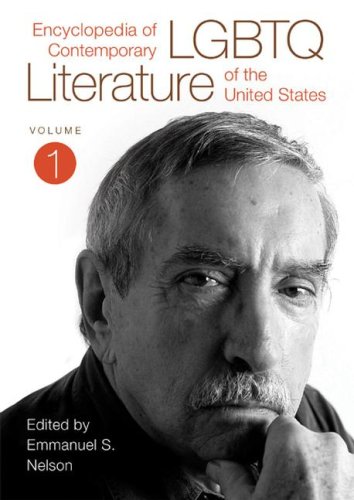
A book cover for Encyclopedia of Contemporary LGBTQ Literature of the United States: Volume 1; Gay & Lesbian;